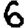
Digit: 6